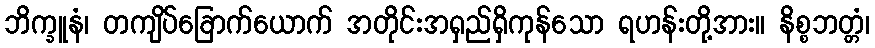
ဘိက္ခူနံ၊ တကျိပ်ခြောက်ယောက် အတိုင်းအရှည်ရှိကုန်သော ရဟန်းတို့အား။ နိစ္စဘတ္တံ၊